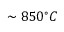
\sim 8 5 0 ^ { \circ } C